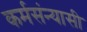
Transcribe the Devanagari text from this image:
कर्मसंन्यासी